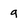
Character: g